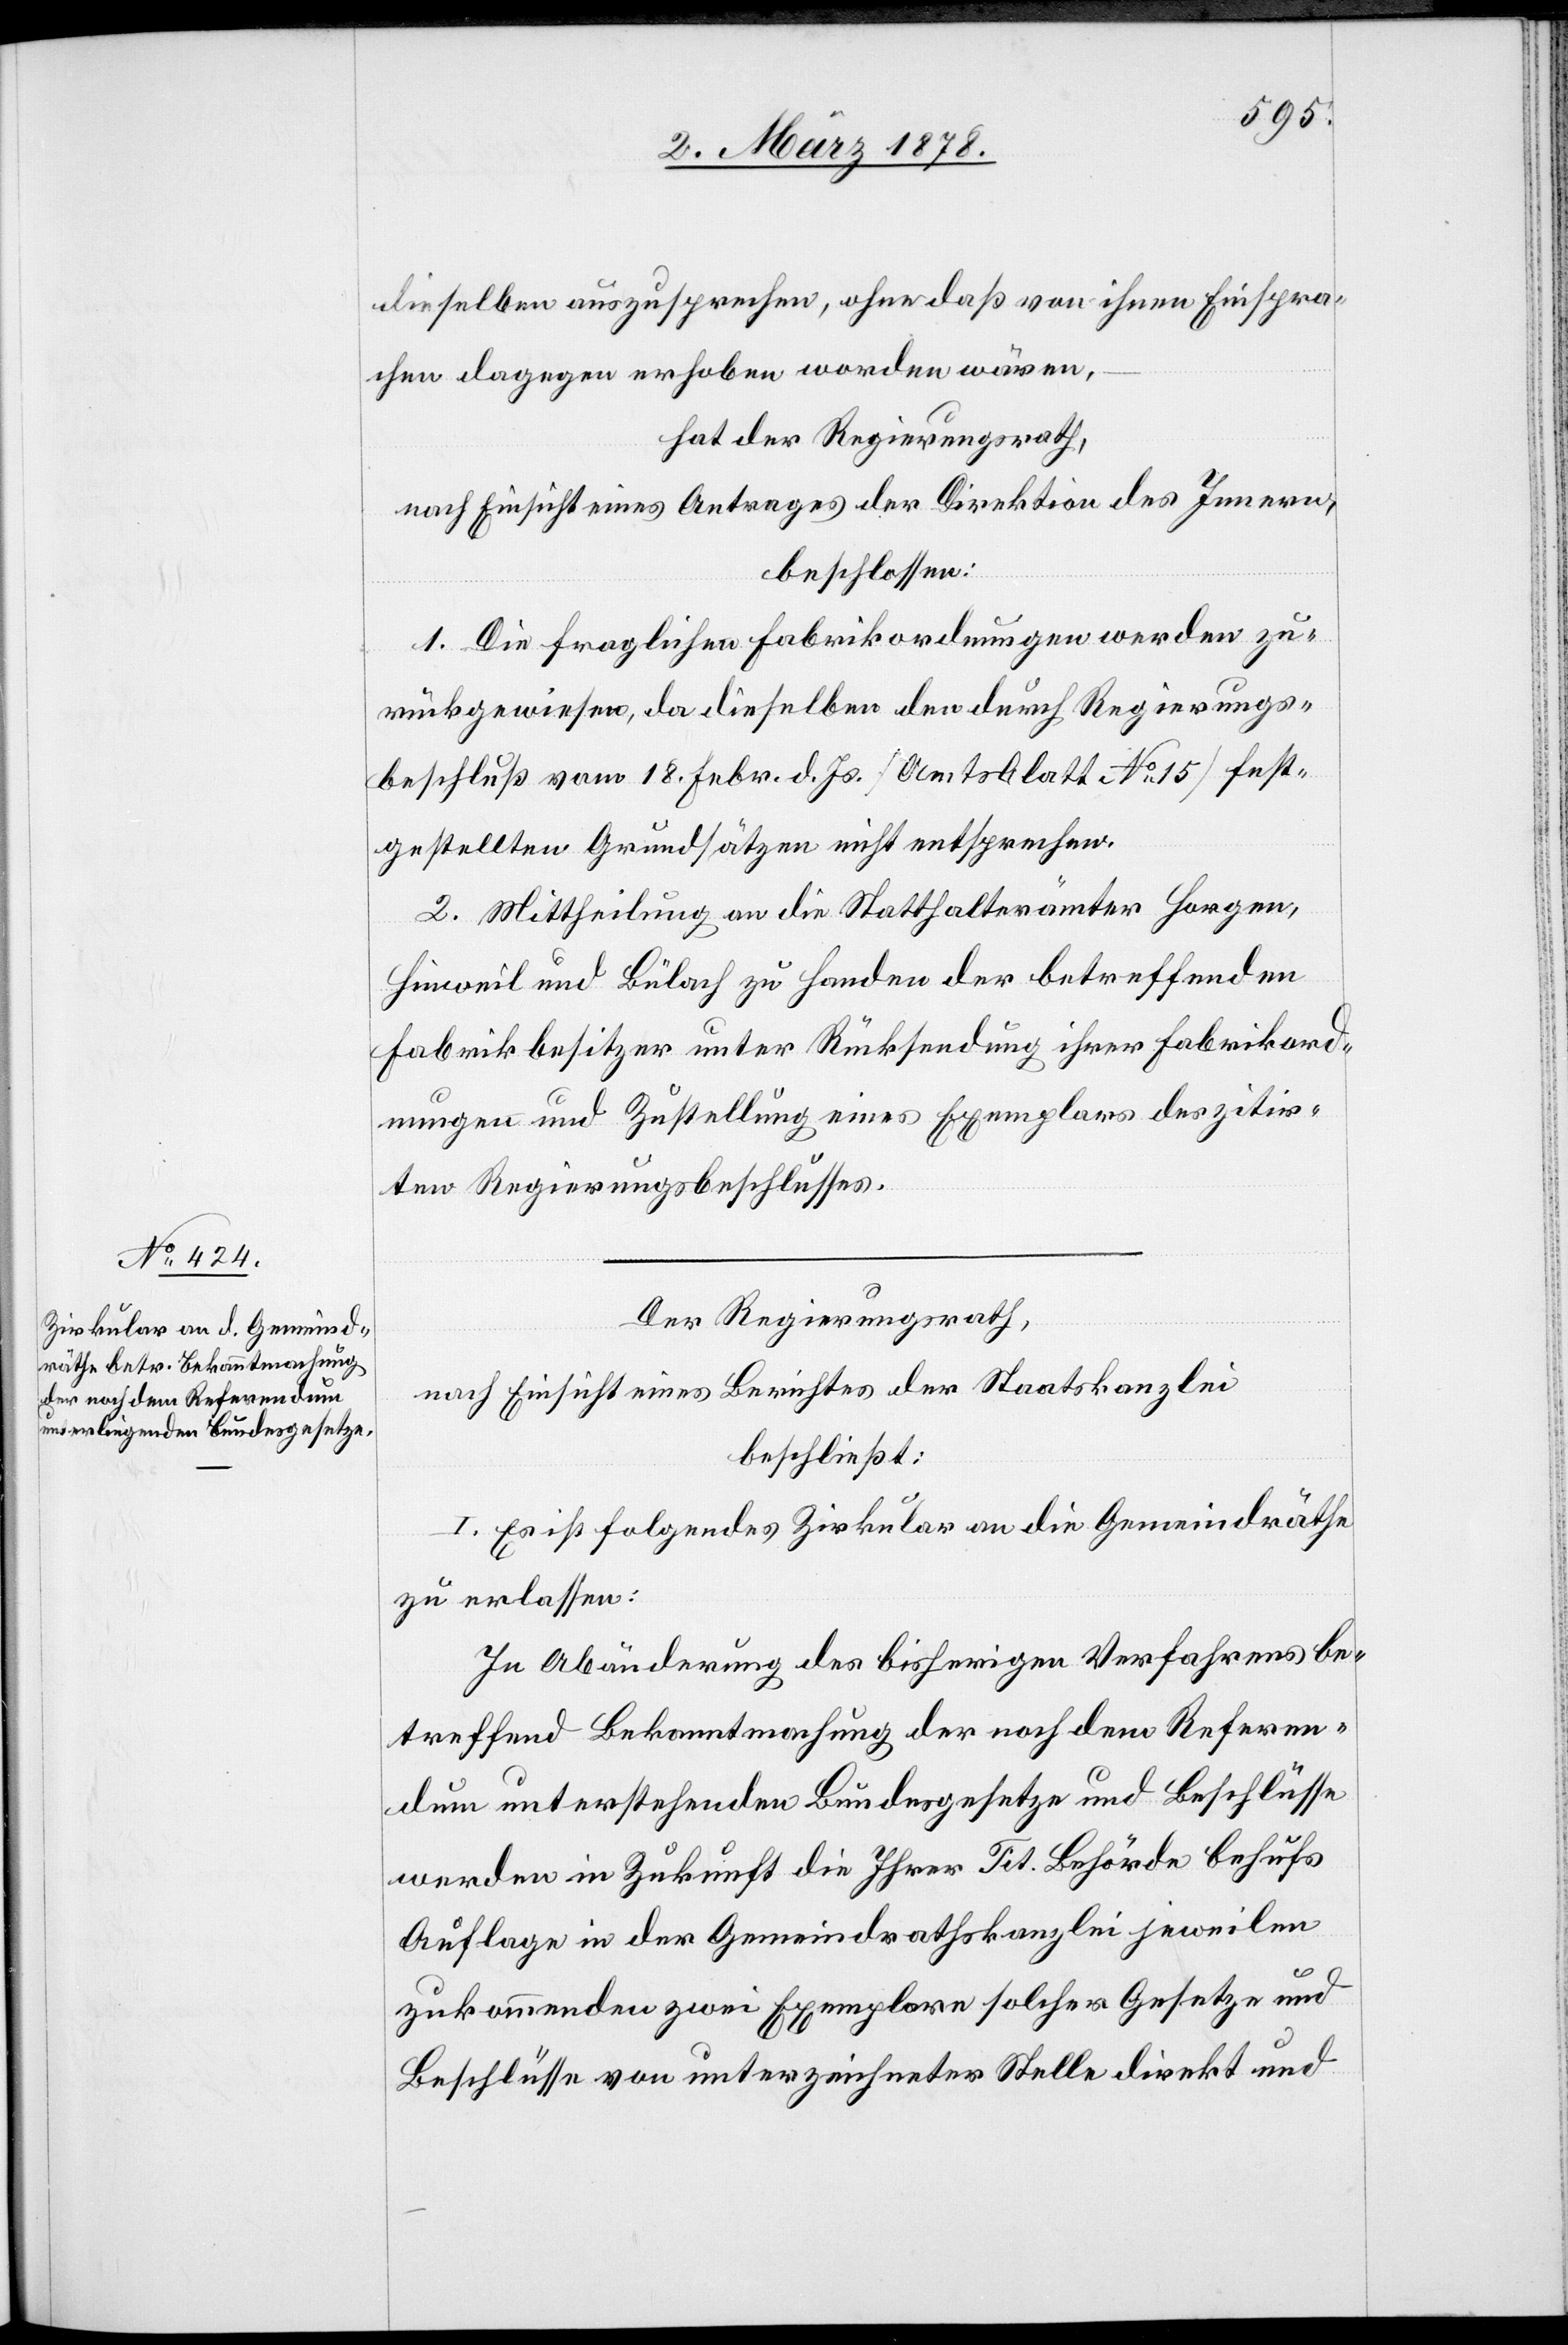
dieselben auszusprechen, ohne daß von ihnen Einspra¬
chen dagegen erhoben worden wären,
hat der Regierungsrath,
nach Einsicht eines Antrages der Direktion des Innern,
beschlossen:
1. Die fraglichen Fabrikordnungen werden zu¬
rückgewiesen, da dieselben der durch Regierungs¬
beschluß vom 18. Febr. d. Js. (Amtsblatt No 15) fest¬
gestellten Grundsätzen nicht entsprechen.
2. Mittheilung an die Statthalterämter Horgen,
Hinweil und Bülach zu Handen der betreffenden
Fabrikbesitzer unter Rücksendung ihrer Fabrikord¬
nungen und Zustellung eines Exemplars des zitir¬
ten Regierungsbeschlusses.
Der Regierungsrath,
nach Einsicht eines Berichtes der Staatskanzlei
beschließt:
I. Es ist folgendes Zirkular an die Gemeindräthe
zu erlassen:
In Abänderung des bisherigen Verfahrens be¬
treffend Bekanntmachung der noch dem Referen¬
dum unterstehenden Bundesgesetze und Beschlüsse
werden in Zukunft die Ihrer Tit. Behörde behufs
Auflage in der Gemeindrathskanzlei jeweilen
zukommenden zwei Exemplare solcher Gesetze und
Beschlüsse von unterzeichneter Stelle direkt und